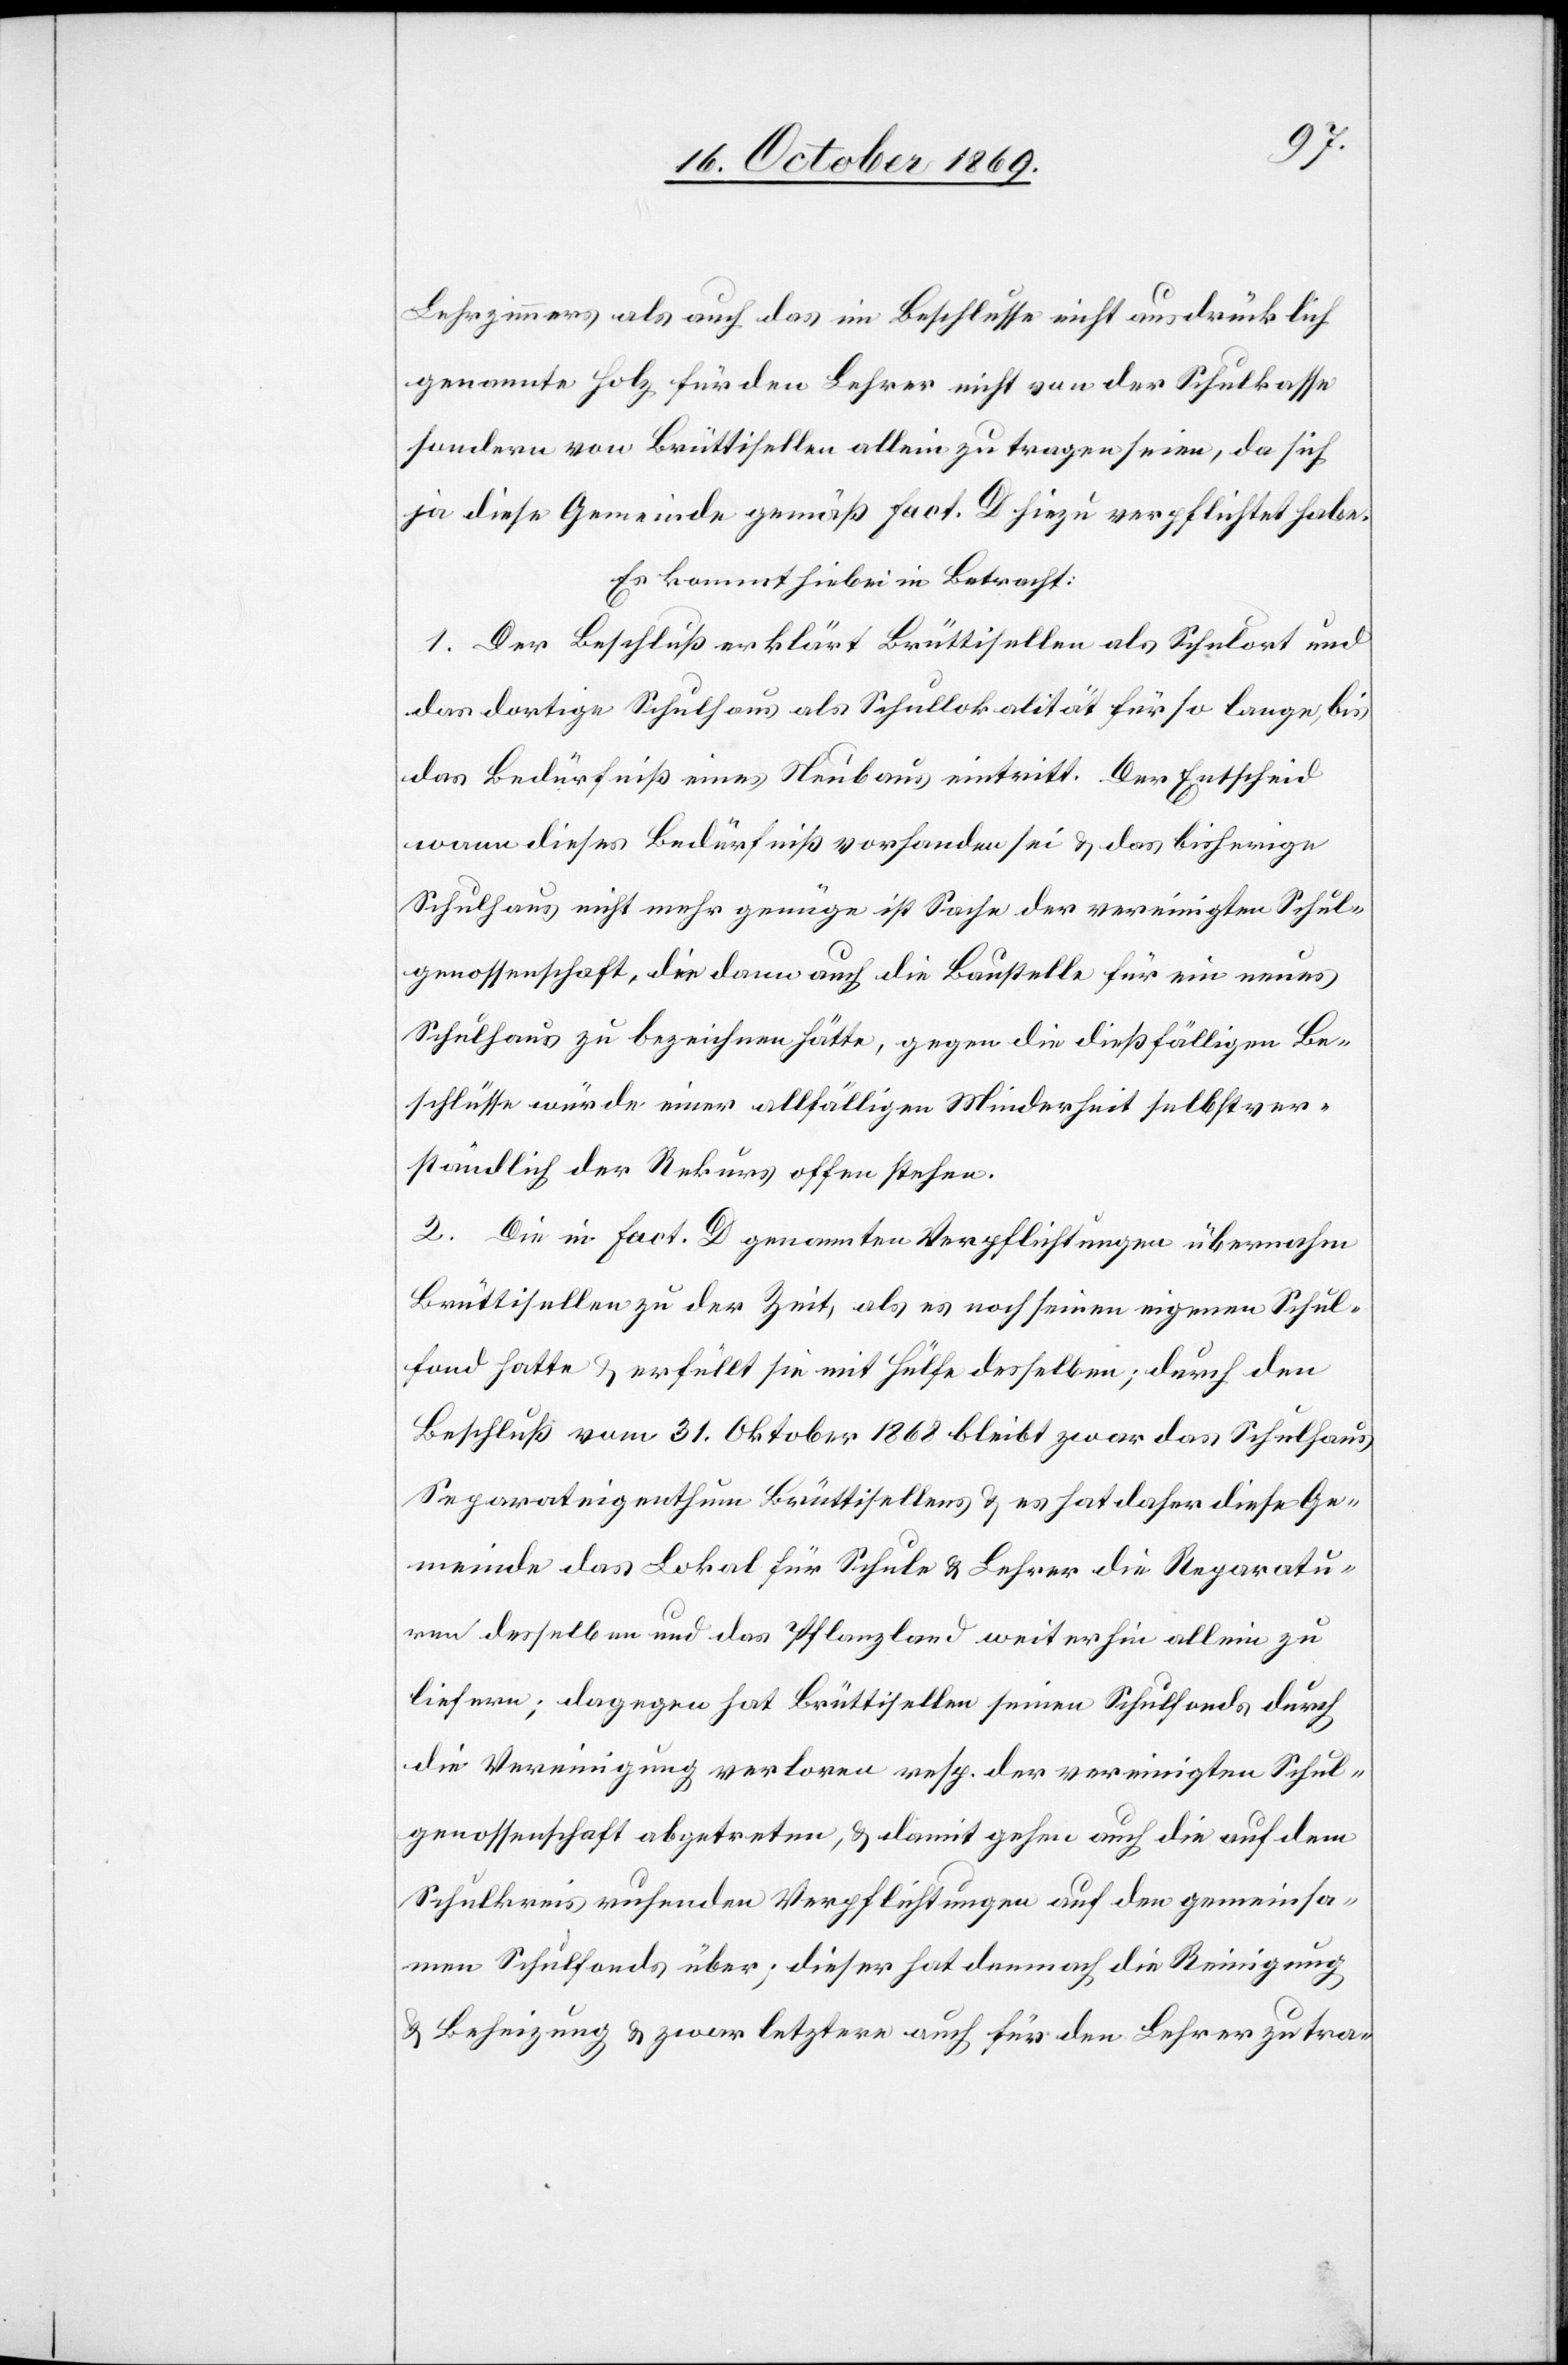
Lehrzimmers als auch das im Beschlusse nicht ausdrücklich
genannte Holz für den Lehrer nicht von der Schulkasse
sondern von Brüttisellen allein zu tragen seien, da sich
ja diese Gemeinde gemäß Fact. D hiezu verpflichtet habe.
Es kommt hiebei in Betracht:
1. Der Beschluß erklärt Brüttisellen als Schulort und
das dortige Schulhaus als Schullokalität für so lange, bis
das Bedürfniß eines Neubaus eintritt. Der Entscheid
wann dieses Bedürfniß vorhanden sei & das bisherige
Schulhaus nicht mehr genüge ist Sache der vereinigten Schul¬
genossenschaft, die dann auch die Baustelle für ein neues
Schulhaus zu bezeichnen hätte, gegen die dießfälligen Be¬
schlüsse würde einer allfälligen Minderheit selbstver¬
ständlich der Rekurs offen stehen.
2. Die in Fact. D genannten Verpflichtungen übernahm
Brüttisellen zu der Zeit, als es noch seinen eigenen Schul¬
fond hatte & erfüllt sie mit Hülfe desselben; durch den
Beschluß vom 31. Oktober 1868 bleibt zwar das Schulhaus
Separateigenthum Brüttisellens & es hat daher diese Ge¬
meinde das Lokal für Schule & Lehrer die Reparatu¬
ren desselben und das Pflanzland weiterhin allein zu
liefern; dagegen hat Brüttisellen seinen Schulfonds durch
die Vereinigung verloren resp. der vereinigten Schul¬
genossenschaft abgetreten, & damit gehen auch die auf dem
Schulkreis ruhenden Verpflichtungen auf den gemeinsa¬
men Schulfonds über; dieser hat demnach die Reinigung
& Beheizung & zwar letztere auch für den Lehrer zu tra-